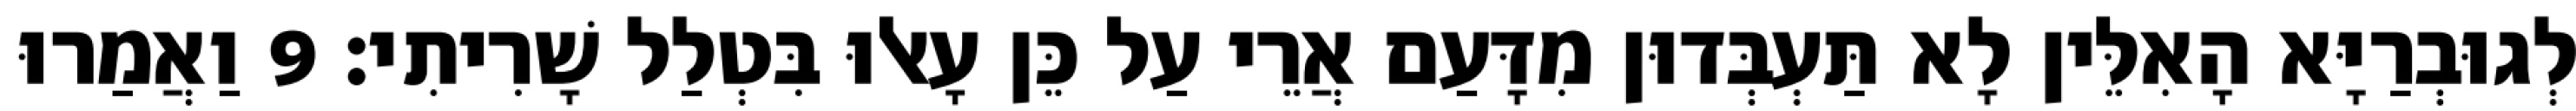
לְגוּבְרַיָּא הָאִלֵּין לָא תַּעְבְּדוּן מִדָּעַם אֲרֵי עַל כֵּן עָאלוּ בִּטְלַל שָׁרִיתִי׃ 9 וַאֲמַרוּ